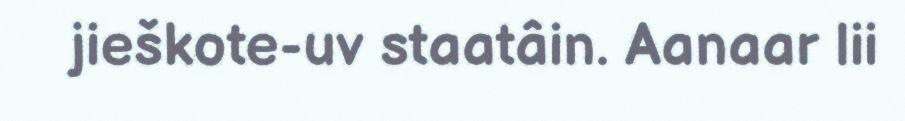
jieškote-uv staatâin. Aanaar lii